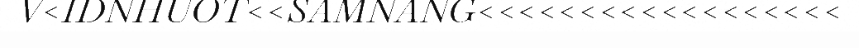
V<IDNHUOT<<SAMNANG<<<<<<<<<<<<<<<<<<